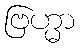
ဗြဟ္မာ